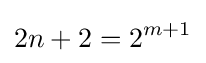
2n+2=2^{m+1}